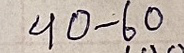
40. - 60